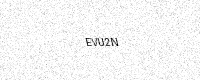
Text: EVU2N